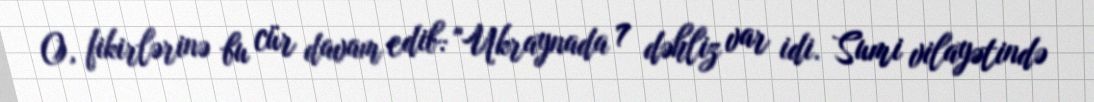
O, fikirlərinə bu cür davam edib: "Ukraynada 7 dəhliz var idi. Sumi vilayətində